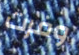
وفرت